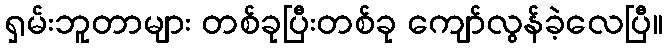
ရှမ်းဘူတာများ တစ်ခုပြီးတစ်ခု ကျော်လွန်ခဲ့လေပြီ။